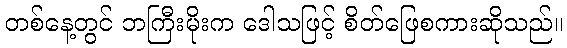
တစ်နေ့တွင် ဘကြီးမိုးက ဒေါသဖြင့် စိတ်ဖြေစကားဆိုသည်။